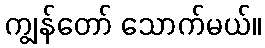
ကျွန်တော် သောက်မယ်။